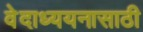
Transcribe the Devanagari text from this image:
वेदाध्ययनासाठी